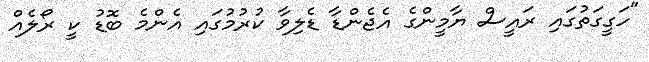
"ހަގީގަތުގައި ރައީސް ޔާމީންގެ އެޖެންޑާ ޑެލިވާ ކުރުމުގައި އެންމެ ބޮޑު ކީ ރޯލެއް